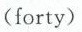
(forty)